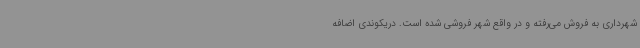
شهرداری به فروش می‌رفته و در واقع شهر فروشی شده است. دریکوندی اضافه